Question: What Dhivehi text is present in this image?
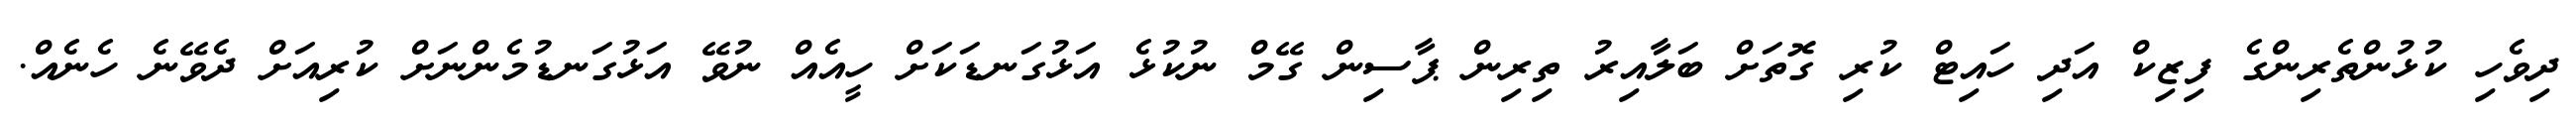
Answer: ދިވެހި ކުޅުންތެރިންގެ ފިޒިކް އަދި ހައިޓް ކުރި ގޮތަށް ބަލާއިރު ތިރިން ޕާސިން ގޭމް ނުކުޅެ އަޅުގަނޑަކަށް ހީއެއް ނުވޭ އަޅުގަނޑުމެންނަށް ކުރިއަށް ދެވޭނެ ހެނެއް.